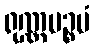
ရုဏ္ဏပဉ္စမံ